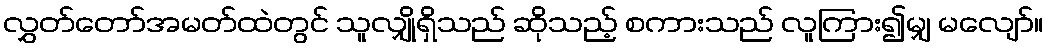
လွှတ်တော်အမတ်ထဲတွင် သူလျှိုရှိသည် ဆိုသည့် စကားသည် လူကြား၍မျှ မလျော်။